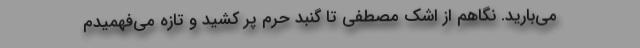
می‌بارید. نگاهم از اشک مصطفی تا گنبد حرم پر کشید و تازه می‌فهمیدم